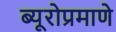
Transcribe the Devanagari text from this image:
ब्यूरोप्रमाणे